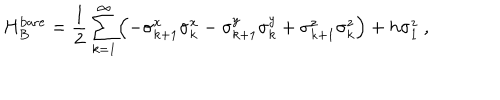
H _ { B } ^ { \mathrm { b a r e } } = \frac { 1 } { 2 } \sum _ { k = 1 } ^ { \infty } \Bigl ( - \sigma _ { k + 1 } ^ { x } \sigma _ { k } ^ { x } - \sigma _ { k + 1 } ^ { y } \sigma _ { k } ^ { y } + \sigma _ { k + 1 } ^ { z } \sigma _ { k } ^ { z } \Bigr ) + h \sigma _ { 1 } ^ { z } ~ ,